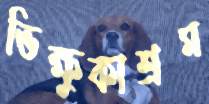
ভিক্ষুকাশ্রম